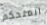
المتحكم